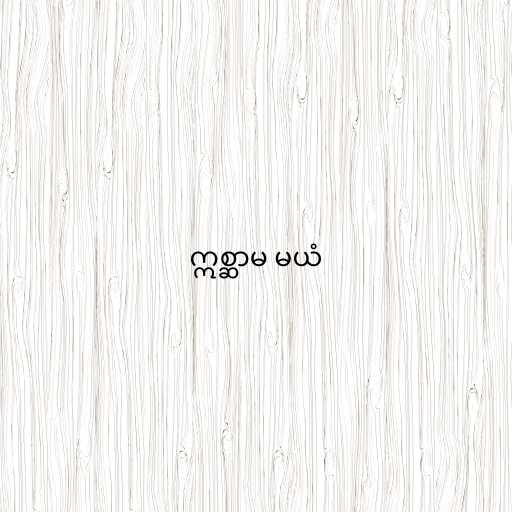
ဣစ္ဆာမ မယံ